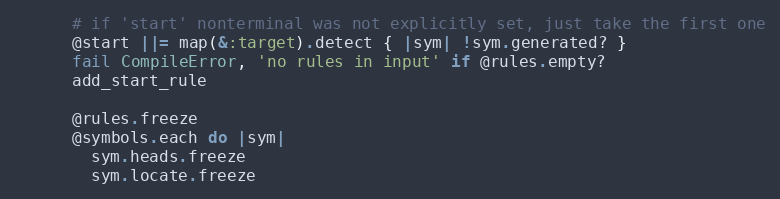
Language: Ruby
      # if 'start' nonterminal was not explicitly set, just take the first one
      @start ||= map(&:target).detect { |sym| !sym.generated? }
      fail CompileError, 'no rules in input' if @rules.empty?
      add_start_rule

      @rules.freeze
      @symbols.each do |sym|
        sym.heads.freeze
        sym.locate.freeze